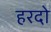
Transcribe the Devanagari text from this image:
हरदो